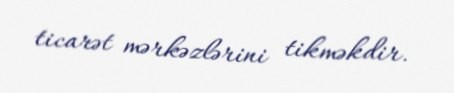
ticarət mərkəzlərini tikməkdir.